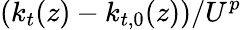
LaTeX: \left(k_{t}(z)-k_{t,0}(z)\right)/{U}^{p}